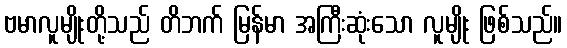
ဗမာလူမျိုးတို့သည် တိဘက် မြန်မာ အကြီးဆုံးသော လူမျိုး ဖြစ်သည်။